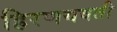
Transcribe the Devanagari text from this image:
हिरणयवती